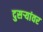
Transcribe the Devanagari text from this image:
दुसर्‍यांवर